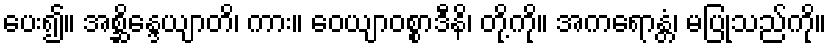
ပေး၍။ အစ္ဆိန္ဒေယျာတိ၊ ကား။ ဝေယျာဝစ္စာဒီနိ၊ တို့ကို။ အကရောန္တံ၊ မပြုသည်ကို။